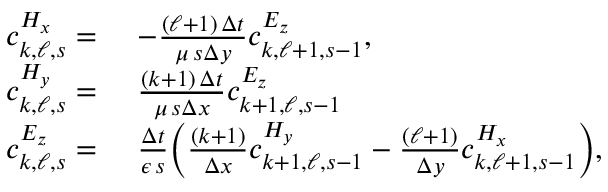
\begin{array} { r l } { c _ { k , \ell , s } ^ { H _ { x } } = } & { \, \, - \frac { ( \ell + 1 ) \, \Delta t } { \mu \, s \Delta y } c _ { k , \ell + 1 , s - 1 } ^ { E _ { z } } , } \\ { c _ { k , \ell , s } ^ { H _ { y } } = } & { \, \, \frac { ( k + 1 ) \, \Delta t } { \mu \, s \Delta x } c _ { k + 1 , \ell , s - 1 } ^ { E _ { z } } } \\ { c _ { k , \ell , s } ^ { E _ { z } } = } & { \, \, \frac { \Delta t } { \epsilon \, s } \bigg ( \frac { ( k + 1 ) } { \Delta x } c _ { k + 1 , \ell , s - 1 } ^ { H _ { y } } - \frac { ( \ell + 1 ) } { \Delta y } c _ { k , \ell + 1 , s - 1 } ^ { H _ { x } } \bigg ) , } \end{array}